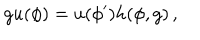
LaTeX: g u ( \phi ) = u ( \phi ^ { \prime } ) h ( \phi , g ) \, ,